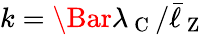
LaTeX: k=\Bar{\lambda}_{\mathrm{~C~}}/\bar{\ell}_{\mathrm{~Z~}}